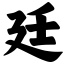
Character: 廷